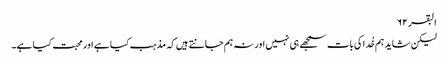
البقر ۶۲
لیکن شاید ہم خُدا کی بات سمجھے ہی نہیں اور نہ ہم جانتے ہیں کہ مذہب کیا ہے اور محبت کیا ہے۔